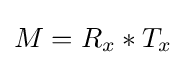
M=R_{x}*T_{x}